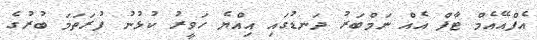
އެފްއޭއެމް ޓާފް އެއް ނަމްބަރު ދަނޑުގައި އިއްޔެ ހަވީރު ކުޅުނު ފުރަތަމަ ބުރުގެ